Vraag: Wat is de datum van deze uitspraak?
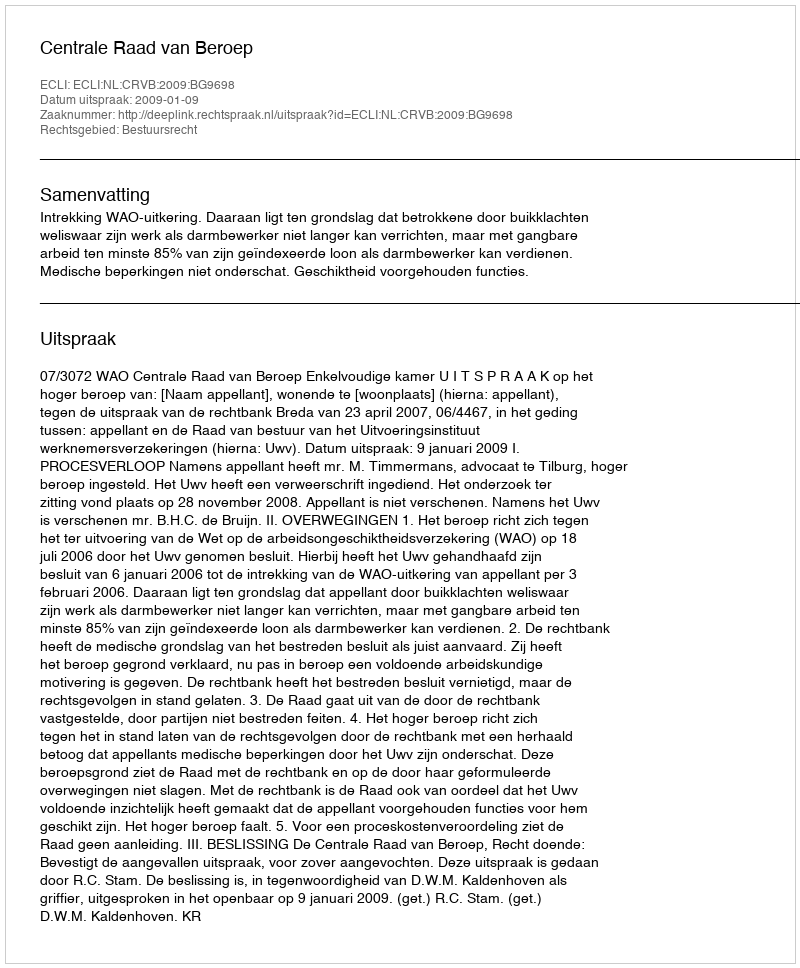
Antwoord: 2009-01-09